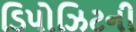
ડિપોઝિટની